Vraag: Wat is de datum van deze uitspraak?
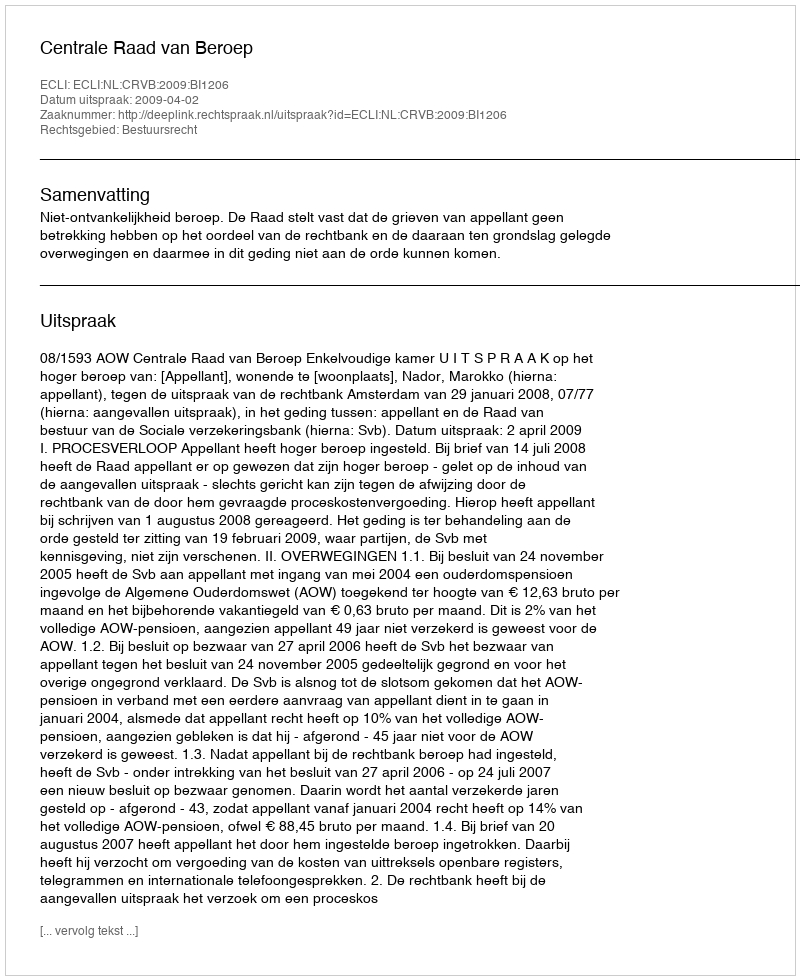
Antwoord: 2009-04-02